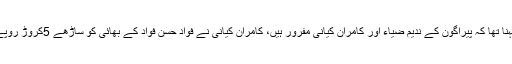
ان کا کہنا تھا کہ پیراگون کے ندیم ضیاء اور کامران کیانی مفرور ہیں، کامران کیانی نے فواد حسن فواد کے بھائی کو ساڑھے 5کروڑ روپے دیے۔